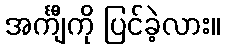
အင်္ကျီကို ပြင်ခဲ့လား။